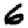
Digit: 6